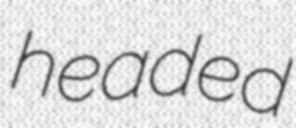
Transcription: headed